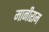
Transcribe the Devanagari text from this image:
मानीराम